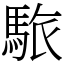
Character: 䮉